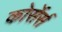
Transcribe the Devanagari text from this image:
कोर्सेर्स